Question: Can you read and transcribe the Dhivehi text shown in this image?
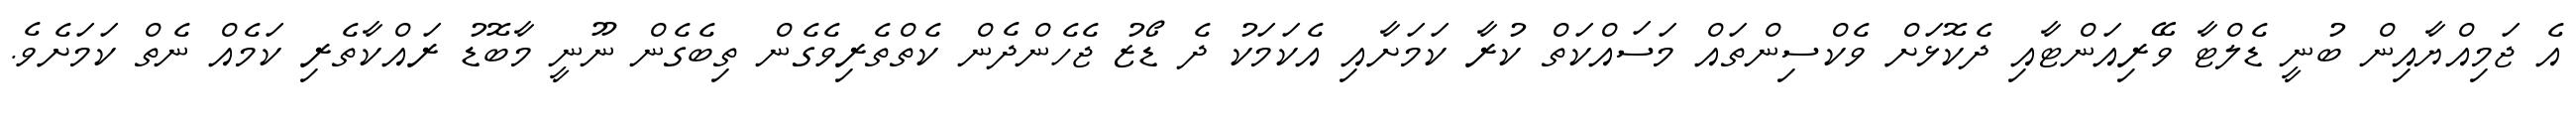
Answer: އެ ޖަމިއްޔާއިން ބުނީ ޑެލްޓާ ވޭރިއަންޓާއި ދެކޮޅަށް ވެކްސިންތައް މަސައްކަތް ކުރާ ކަމަށާއި އެކަމަކު ދެ ޑޯޒު ޖެހެންދެން ކެތްތެރިވެގެން ތިބެގެން ނޫނީ މާބޮޑު ރައްކާތެރި ކަމެއް ނެތް ކަމަށެވެ.